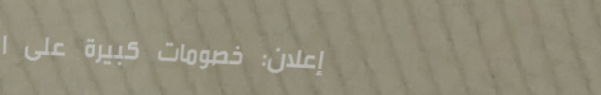
إعلان: خصومات كبيرة على ا